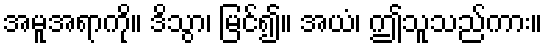
အမူအရာကို။ ဒိသွာ၊ မြင်၍။ အယံ၊ ဤသူသည်ကား။